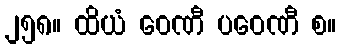
၂၅၈။ ထိယံ ဝေဏီ ပဝေဏီ စ။